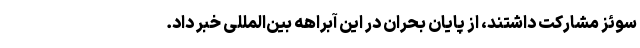
سوئز مشارکت داشتند، از پایان بحران در این آبراهه بین‌المللی خبر داد.